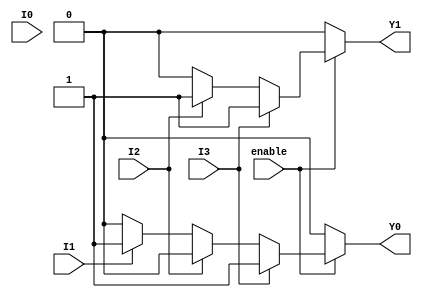
module encoder_4to2 (
    input wire I0,    // Input 0
    input wire I1,    // Input 1
    input wire I2,    // Input 2
    input wire I3,    // Input 3
    input wire enable, // Enable signal
    output reg Y0,    // Output 0
    output reg Y1     // Output 1
);

// Always block to handle encoding logic
always @(*) begin
    // Default output state
    if (!enable) begin
        Y0 = 1'b0;
        Y1 = 1'b0;
    end else begin
        // Check inputs in priority order
        if (I3) begin
            Y0 = 1'b1; // Y0 = 1
            Y1 = 1'b1; // Y1 = 1
        end else if (I2) begin
            Y0 = 1'b0; // Y0 = 0
            Y1 = 1'b1; // Y1 = 1
        end else if (I1) begin
            Y0 = 1'b1; // Y0 = 1
            Y1 = 1'b0; // Y1 = 0
        end else if (I0) begin
            Y0 = 1'b0; // Y0 = 0
            Y1 = 1'b0; // Y1 = 0
        end else begin
            // No active input, defined state (could also be 'X')
            Y0 = 1'b0; // Default state
            Y1 = 1'b0; // Default state
        end
    end
end

endmodule